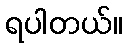
ရပါတယ်။